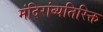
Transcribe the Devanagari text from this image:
मंदिरांव्यतिरिक्त